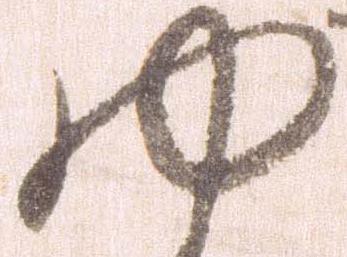
ゆ